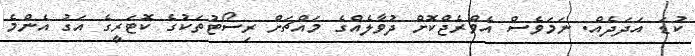
ކުޑަ އަދަދެެއް. ނަމަވެސް އެވްރެޖްކޮށް ދުވާލެއްގެ މައްޗަށް ރިސޯޓުތަކުގެ ކޮޓަރީގެ އަގު އެންމެ